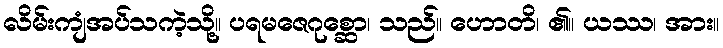
လိမ်းကျံအပ်သကဲ့သို့။ ပရမဇေဂုစ္ဆော၊ သည်။ ဟောတိ၊ ၏။ ယဿ၊ အား။